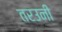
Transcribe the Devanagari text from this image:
तरउनी